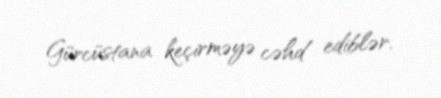
Gürcüstana keçirməyə cəhd ediblər.